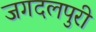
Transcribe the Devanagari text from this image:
जगदलपुरी